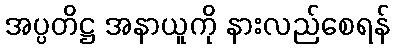
အပ္ပတိဋ္ဌ အနာယူကို နားလည်စေရန်